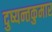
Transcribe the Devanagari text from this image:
दुष्यन्तकुमार